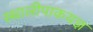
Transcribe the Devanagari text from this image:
स्थालीपाकयज्ञ